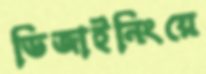
ডিজাইনিংয়ে